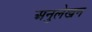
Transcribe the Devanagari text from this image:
अनुलेखन